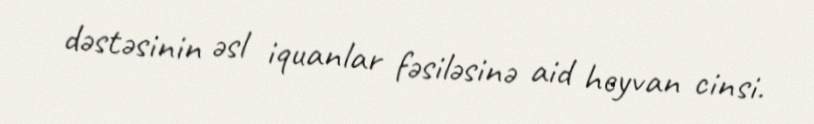
dəstəsinin əsl iquanlar fəsiləsinə aid heyvan cinsi.